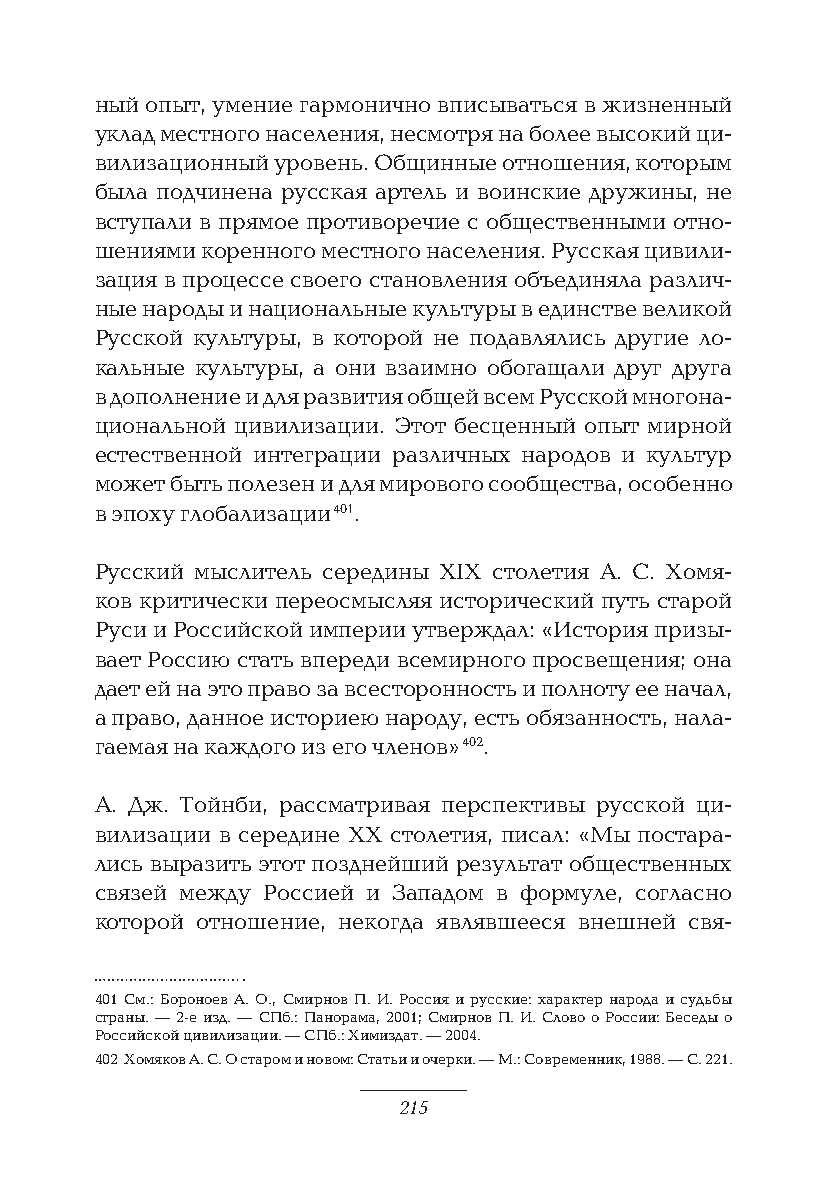
ный опыт, умение гармонично вписываться в жизненный
 уклад местного населения, несмотря на более высокий ци-
 вилизационный уровень. Общинные отношения, которым
 была подчинена русская артель и воинские дружины, не
 вступали в прямое противоречие с общественными отно-
 шениями коренного местного населения. Русская цивили-
 зация в процессе своего становления объединяла различ-
 ные народы и национальные культуры в единстве великой
 Русской культуры, в которой не подавлялись другие ло-
 кальные культуры, а они взаимно обогащали друг друга
 в дополнение и для развития общей всем Русской многона-
 циональной цивилизации. Этот бесценный опыт мирной
 естественной интеграции различных народов и культур
 может быть полезен и для мирового сообщества, особенно
 в эпоху глобализации 401.
 Русский мыслитель середины XIX столетия А. С. Хомя-
 ков критически переосмысляя исторический путь старой
 Руси и Российской империи утверждал: «История призы-
 вает Россию стать впереди всемирного просвещения; она
 дает ей на это право за всесторонность и полноту ее начал,
 а право, данное историею народу, есть обязанность, нала-
 гаемая на каждого из его членов» 402.
 А. Дж. Тойнби, рассматривая перспективы русской ци-
 вилизации в середине XX столетия, писал: «Мы постара-
 лись выразить этот позднейший результат общественных
 связей между Россией и Западом в формуле, согласно
 которой отношение, некогда являвшееся внешней свя-
 401 См.: Бороноев А. О., Смирнов П. И. Россия и русские: характер народа и судьбы
 страны. — 2-е изд. — СПб.: Панорама, 2001; Смирнов П. И. Слово о России: Беседы о
 Российской цивилизации. — СПб.: Химиздат. — 2004.
 402 Хомяков А. С. О старом и новом: Статьи и очерки. — М.: Современник, 1988. — С. 221.
 215